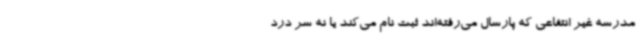
مدرسه غیر انتفاعی که پارسال می‌رفته‌اند ثبت نام می‌کند یا نه سر درد